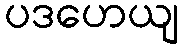
ပဒဟေယျ